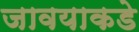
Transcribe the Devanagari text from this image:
जावयाकडे